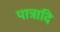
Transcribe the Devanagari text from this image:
पात्रादि